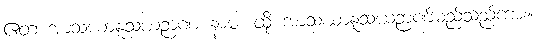
ဧတံ အာသယာနူသယဉာဏ နာမ၊ ထို အာသယာနူသယဉာဏ်မည်သည်ကား။